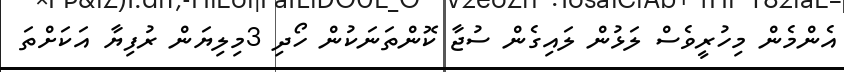
އެންމެން މިހުރީވެސް ލަޅުން ލައިގެން ސުޖާ ކޮންތަނަކުން ހޯދި 3މިލިޔަން ރުފިޔާ އަކަށްތަ